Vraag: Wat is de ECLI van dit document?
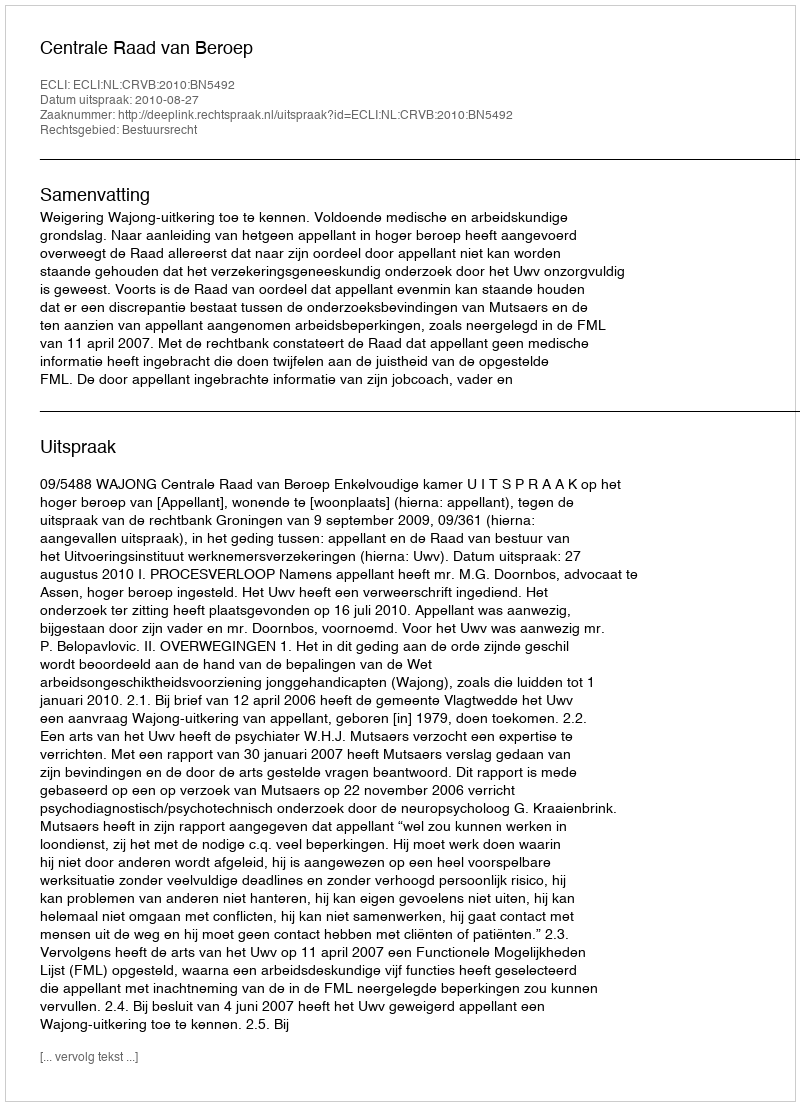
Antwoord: ECLI:NL:CRVB:2010:BN5492